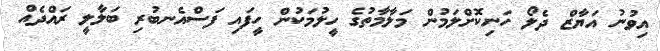
އިވުނު އަޔާޒް ދެލޯ ހަނިކޮށްލަމުން މަލާމާތުގެ ހީލުމަކުން ހީފައި ފަސްއެނބުރި ބަލާލީ ރައްދެއް